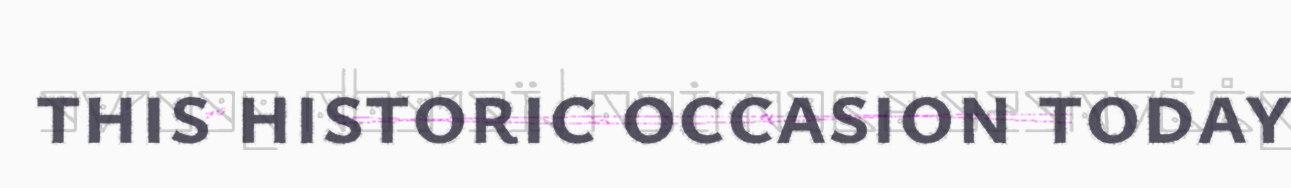
this historic occasion today